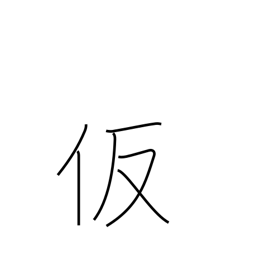
Meaning: assumed (name)